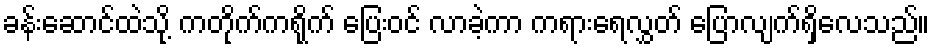
ခန်းဆောင်ထဲသို့ ကတိုက်ကရိုက် ပြေးဝင် လာခဲ့ကာ ကရားရေလွှတ် ပြောလျက်ရှိလေသည်။